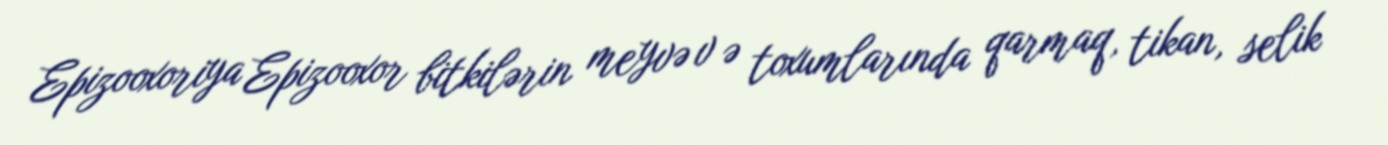
Epizooxoriya Epizooxor bitkilərin meyvə v ə toxumlarında qarmaq, tikan, selik